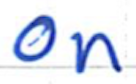
Text: on
Cross-out: clean
Writing tool: ballpoint